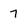
Character: 7